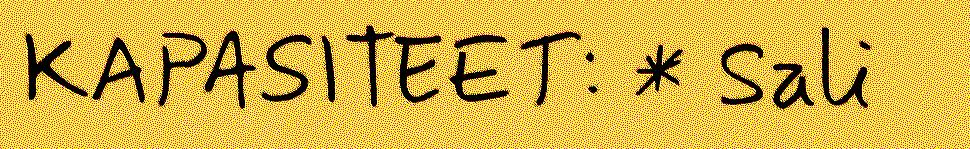
KAPASITEET: * Sali